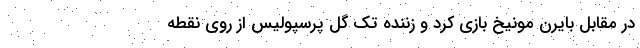
در مقابل بایرن مونیخ بازی کرد و زننده تک گل پرسپولیس از روی نقطه